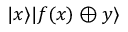
| x \rangle | f ( x ) \oplus y \rangle